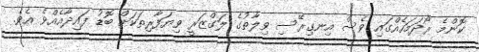
ކޮންމެ ރޯދަމަހެއްްގައި ވެސް އިނގިރޭސި ވިލާތުގެ ލަގްޒަރީ ވިޔަފާރިތަކަށް ބޮޑު ފައިދާއެއްވެ އެވެ.